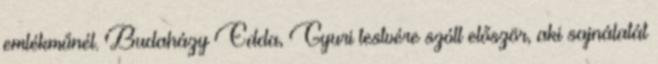
emlékműnél. Budaházy Edda, Gyuri testvére szólt először, aki sajnálatát